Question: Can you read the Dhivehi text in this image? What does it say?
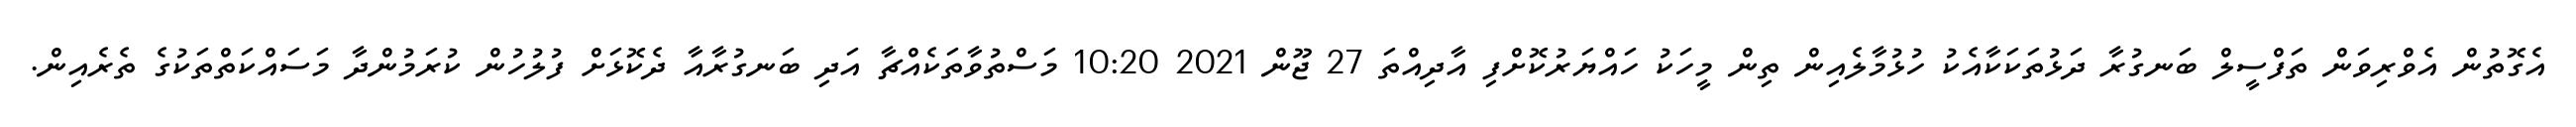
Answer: އެގޮތުން އެވްރިވަން ތަފްސީލް ބަނގުރާ ދަޅުތަކަކާއެކު ހުޅުމާލެއިން ތިން މީހަކު ހައްޔަރުކޮށްފި އާދިއްތަ 27 ޖޫން 2021 10:20 މަސްތުވާތަކެއްޗާ އަދި ބަނގުރާއާ ދެކޮޅަށް ފުލުހުން ކުރަމުންދާ މަސައްކަތްތަކުގެ ތެރެއިން.